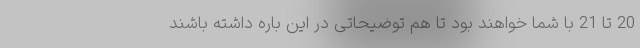
20 تا 21 با شما خواهند بود تا هم توضیحاتی در این باره داشته باشند